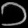
Digit: ၁